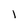
Character: l